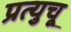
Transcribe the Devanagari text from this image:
प्रत्युचू